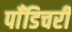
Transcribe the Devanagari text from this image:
पाँडिचरी